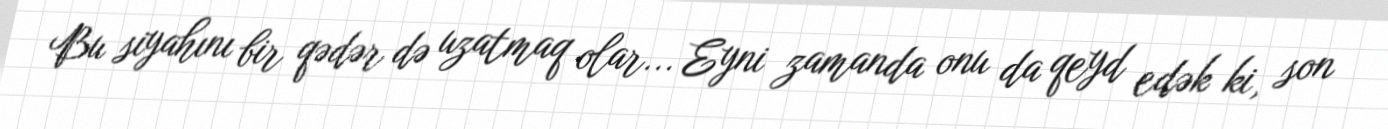
Bu siyahını bir qədər də uzatmaq olar... Eyni zamanda onu da qeyd edək ki, son